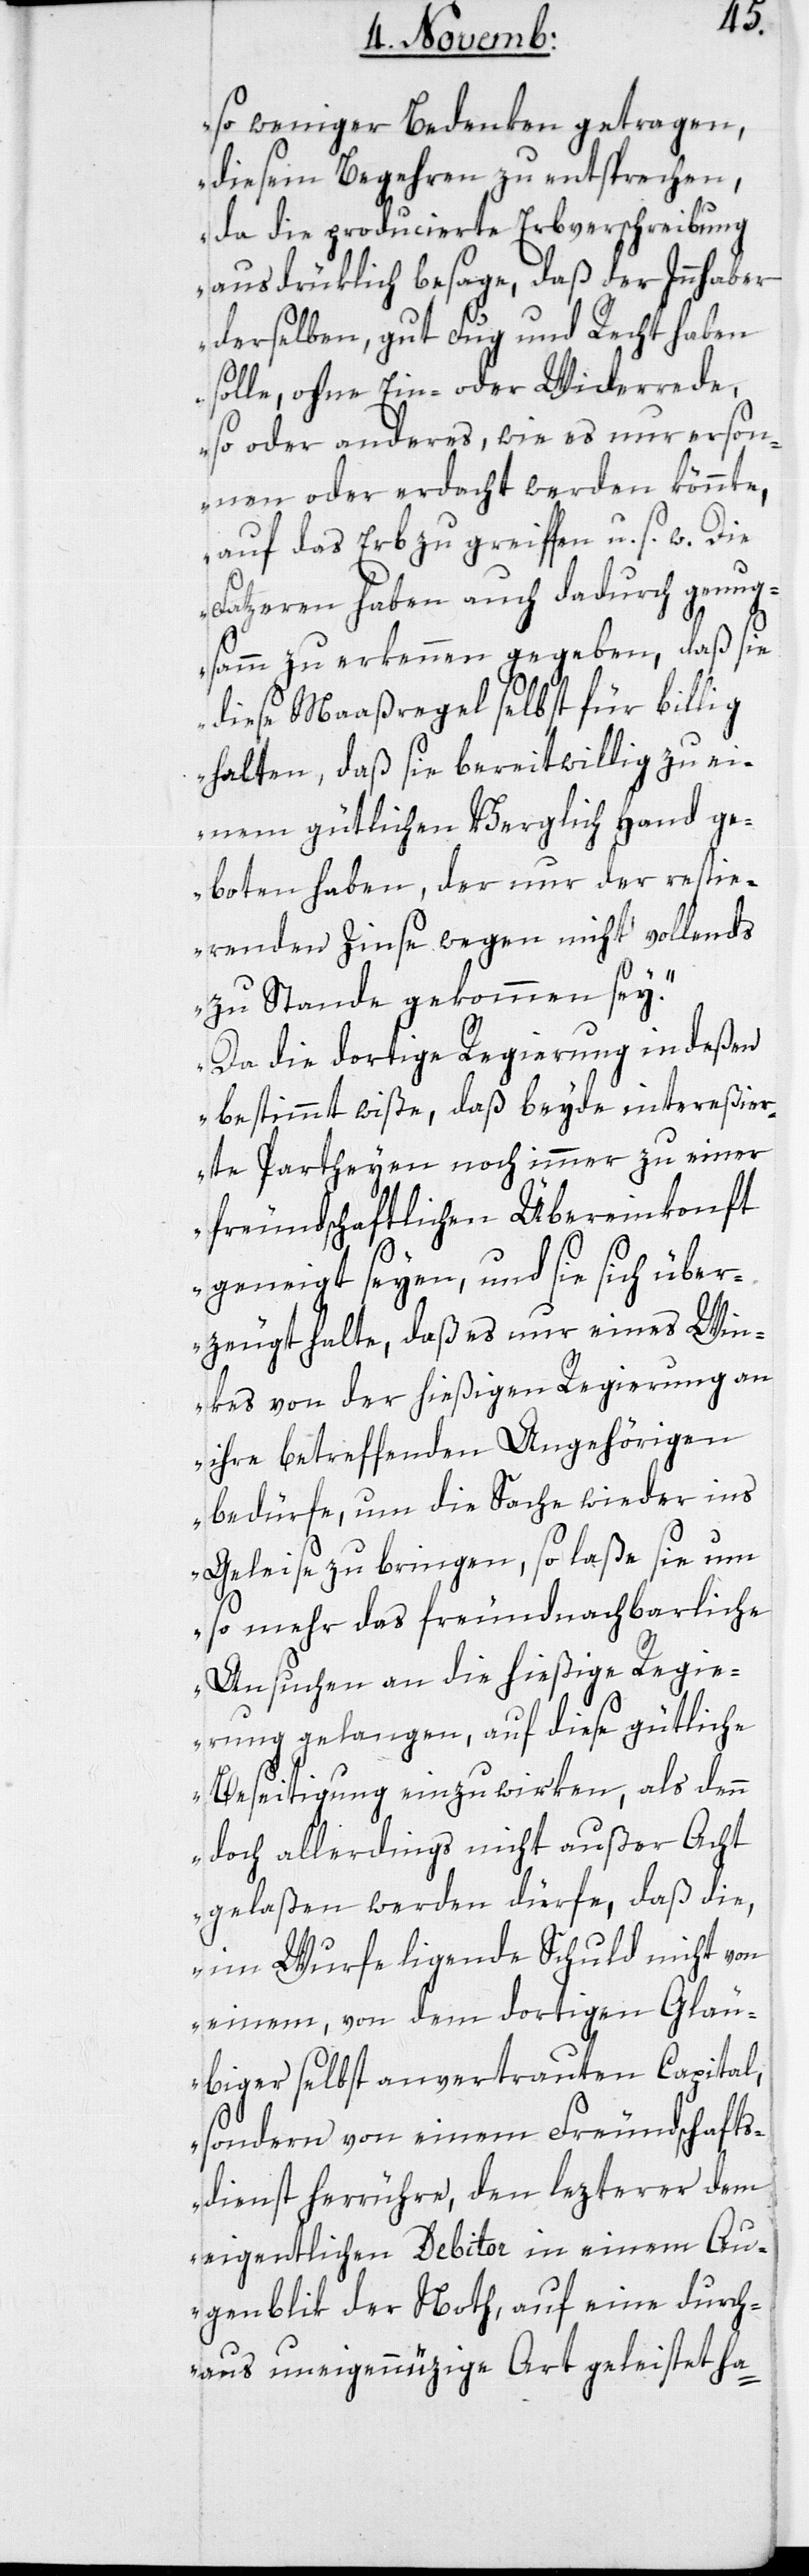
so weniger Bedenken getragen,
diesem Begehren zu entsprechen,
da die producierte Erbverschreibung
ausdrüklich besage, daß der Innhaber
derselben, gut Fug und Recht haben
solle, ohne Ein- oder Widerrede,
so oder anders, wie es nur erson¬
nen oder erdacht werden könnte,
auf das Erb zu greiffen u. s. w. Die
Fatzeren haben auch dadurch genug¬
samm zu erkennen gegeben, daß sie
diese Maaßregel selbst für billig
halten, daß sie bereitwillig zu ei¬
nem gütlichen Verglich Hand ge¬
boten haben, der nur der restie¬
renden Zinse wegen nicht vollends
zu Stande gekommen sey.
Da die dortige Regierung indeßen
bestimmt wiße, daß beyde intereßier¬
te Partheyen noch immer zu einer
freundschaftlichen Übereinkonft
geneigt seyen, und sie sich über¬
zeugt halte, daß es nur eines Win¬
kes von der hießigen Regierung an
ihre betreffenden Angehörigen
bedürfe, um die Sache wieder ins
Geleise zu bringen, so laße sie um
so mehr das freundnachbarliche
Ansuchen an die hießige Regie¬
rung gelangen, auf diese gütliche
Beseitigung einzuwirken, als denn
doch allerdings nicht außer acht
gelaßen werden dürfe, daß die,
im Wurfe liegende Schuld nicht von
einem, von dem dortigen Gläu¬
biger selbst anvertrauten Capital,
sondern von einem Freundschafts¬
dienst herrühre, den lezterer dem
eigentlichen Debitor in einem Au¬
genblik der Not, auf eine durch¬
aus uneigennüzige Art geleistet ha-